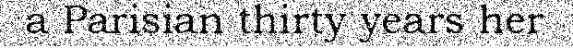
a Parisian thirty years her